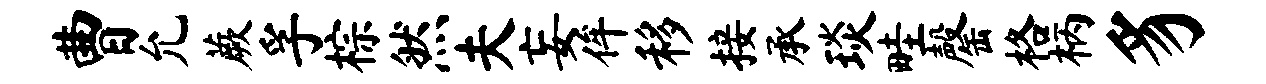
曹允蕨孚棕然夫妄侔移接承琰畦罄格柄豸